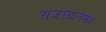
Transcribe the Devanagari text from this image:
राजस्थानमधे